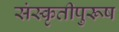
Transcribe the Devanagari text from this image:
संस्कृतीपुरूष